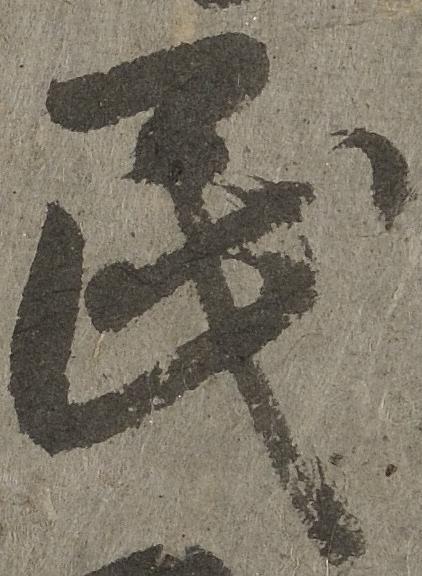
民